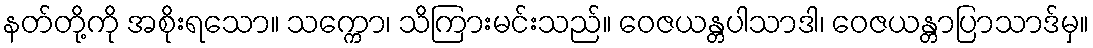
နတ်တို့ကို အစိုးရသော။ သက္ကော၊ သိကြားမင်းသည်။ ဝေဇယန္တပါသာဒါ၊ ဝေဇယန္တာပြာသာဒ်မှ။